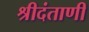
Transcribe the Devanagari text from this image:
श्रीदंताणी